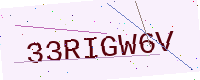
Text: 33RIGW6V